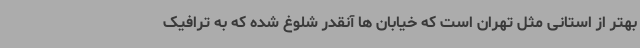
بهتر از استانی مثل تهران است که خیابان ها آنقدر شلوغ شده که به ترافیک